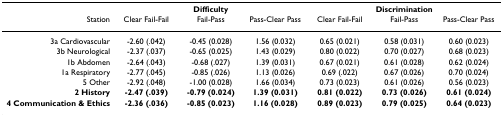
<table><thead><tr><td></td><td colspan="3"><b>Difficulty</b></td><td colspan="3"><b>Discrimination</b></td></tr><tr><td><b>Station</b></td><td><b>Clear Fail-Fail</b></td><td><b>Fail-Pass</b></td><td><b>Pass-Clear Pass</b></td><td><b>Clear Fail-Fail</b></td><td><b>Fail-Pass</b></td><td><b>Pass-Clear Pass</b></td></tr></thead><tbody><tr><td>3a Cardiovascular</td><td>-2.60 (.042)</td><td>-0.45 (0.028)</td><td>1.56 (0.032)</td><td>0.65 (0.021)</td><td>0.58 (0.031)</td><td>0.60 (0.023)</td></tr><tr><td>3b Neurological</td><td>-2.37 (.037)</td><td>-0.65 (0.025)</td><td>1.43 (0.029)</td><td>0.80 (0.022)</td><td>0.70 (0.027)</td><td>0.68 (0.023)</td></tr><tr><td>1b Abdomen</td><td>-2.64 (.043)</td><td>-0.68 (.027)</td><td>1.39 (0.031)</td><td>0.67 (0.021)</td><td>0.61 (0.028)</td><td>0.62 (0.024)</td></tr><tr><td>1a Respiratory</td><td>-2.77 (.045)</td><td>-0.85 (.026)</td><td>1.13 (0.026)</td><td>0.69 (.022)</td><td>0.67 (0.026)</td><td>0.70 (0.024)</td></tr><tr><td>5 Other</td><td>-2.92 (.048)</td><td>-1.00 (0.028)</td><td>1.66 (0.034)</td><td>0.73 (0.023)</td><td>0.61 (0.026)</td><td>0.56 (0.023)</td></tr><tr><td><b>2 History</b></td><td><b>-2.47 (.039)</b></td><td><b>-0.79 (0.024)</b></td><td><b>1.39 (0.031)</b></td><td><b>0.81 (0.022)</b></td><td><b>0.73 (0.026)</b></td><td><b>0.61 (0.024)</b></td></tr><tr><td><b>4 Communication &amp; Ethics</b></td><td><b>-2.36 (.036)</b></td><td><b>-0.85 (0.023)</b></td><td><b>1.16 (0.028)</b></td><td><b>0.89 (0.023)</b></td><td><b>0.79 (0.025)</b></td><td><b>0.64 (0.023)</b></td></tr></tbody></table>